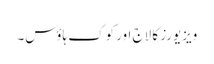
ویزیورز کا لاج اور کوک ہاؤس۔